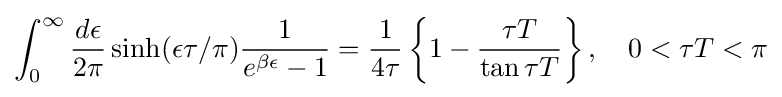
\int _{0}^{\infty }{\frac {d\epsilon }{2\pi }}\sinh(\epsilon \tau /\pi ){\frac {1}{e^{\beta \epsilon }-1}}={\frac {1}{4\tau }}\left\{1-{\frac {\tau T}{\tan \tau T}}\right\},\quad 0<\tau T<\pi